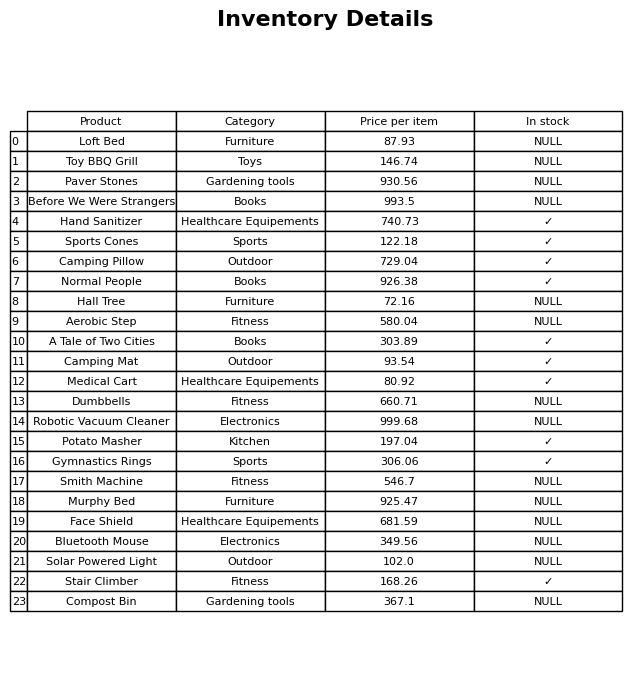
question: What is the price of the Paver Stones?
answer: The price of Paver Stones is 930.56.